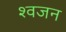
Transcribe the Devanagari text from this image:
श्वजन